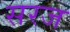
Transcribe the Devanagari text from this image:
सरज